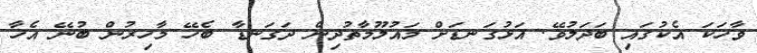
ވާހަކަ އެކުގައި ބަދަލުވޭ. އަޅުގަނޑަށް މައުލޫމާތުދިން ދަގަނޑާ ބެހޭ މާހިރުން ބުނޭ އެހާ